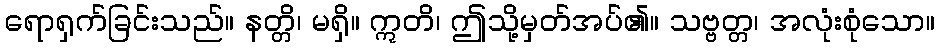
ရောရှက်ခြင်းသည်။ နတ္တိ၊ မရှိ။ ဣတိ၊ ဤသို့မှတ်အပ်၏။ သဗ္ဗတ္တ၊ အလုံးစုံသော။